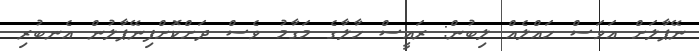
ނޭޕާލަށް އަވަސް ހައްލެއް ލިބުން: ރައީސް ހާލާގެ މަގާމު ވެސް ދަށްކޮށްފިނޭޕާލުން އެނބުރި